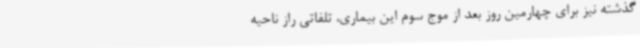
گذشته نیز برای چهارمین روز بعد از موج سوم این بیماری، تلفاتی راز ناحیه